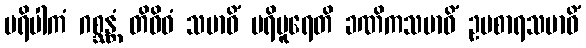
ပရိပါကံ ဂစ္ဆန္တံ တိဝိဓံ သမာဓိံ ပရိပူရေတိ ခဏိကသမာဓိံ ဥပစာရသမာဓိံ